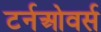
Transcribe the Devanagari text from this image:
टर्नओवर्स